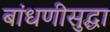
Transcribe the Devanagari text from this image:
बांधणीसुद्धा